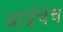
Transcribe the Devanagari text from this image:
आईचेच